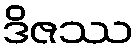
ဒိဇဿ